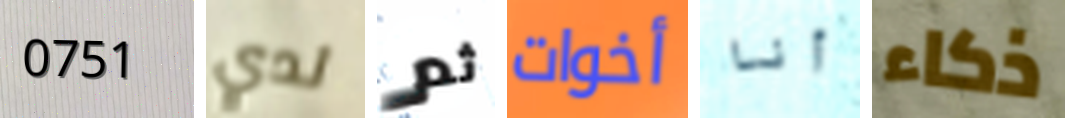
0751 لدي ثم أخوات أنا ذكاء